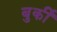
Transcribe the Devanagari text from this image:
बुर्की